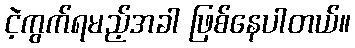
ငဲ့ကွက်ရမည့်အခါ ဖြစ်နေပါတယ်။